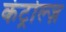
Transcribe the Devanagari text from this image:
कंट्रोल्ज़